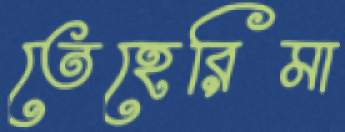
তেহেরিমা